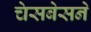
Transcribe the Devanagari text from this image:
चेसबेसने